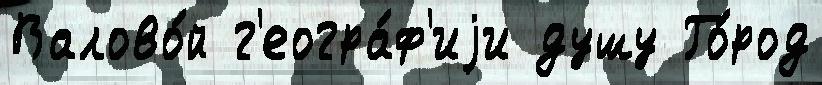
Валово́й г'еогра́ф'иjи душу Го́род